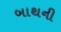
બાથની